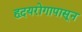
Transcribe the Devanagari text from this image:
हृदयरोगापासून